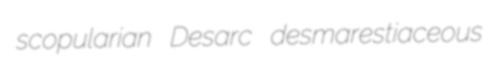
scopularian Desarc desmarestiaceous